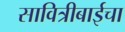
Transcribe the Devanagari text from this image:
सावित्रीबाईचा